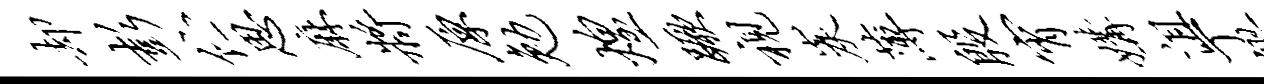
却彭伫思麻将原勉煌蹶视炭薄殷宵媾沮丁缪